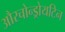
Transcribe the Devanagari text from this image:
औरचोन्ड्रोयटिन